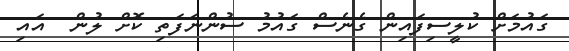
ގައުމަށް ކުލީސިފައިން ގެނެސް ގައުމު ސުންނަފަތި ކޮށް ލުން  އައި